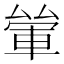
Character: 𨋿